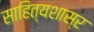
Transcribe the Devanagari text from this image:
साहित्यशास्र